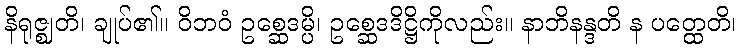
နိရုဇ္ဈတိ၊ ချုပ်၏။ ဝိဘဝံ ဥစ္ဆေဒမ္ပိ၊ ဥစ္ဆေဒဒိဋ္ဌိကိုလည်း။ နာဘိနန္ဒတိ န ပတ္ထေတိ၊